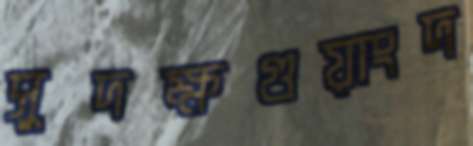
সুদক্ষগুয়াংদ